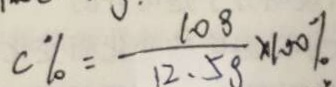
c \% = \frac { 1 0 8 } { 1 2 . 5 8 } \times 1 0 0 \%